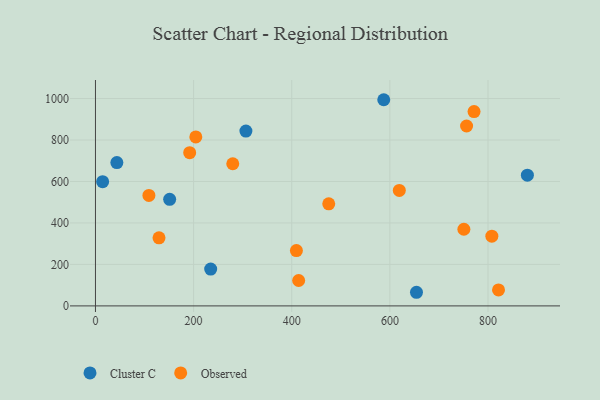
{"axis": {"x": "Ad Spend", "y": "Yield"}, "legend": ["Cluster C", "Observed"], "data": [{"x": "306.6", "y": 843.0, "type": "Cluster C"}, {"x": "234.8", "y": 177.6, "type": "Cluster C"}, {"x": "880.2", "y": 630.6, "type": "Cluster C"}, {"x": "43.6", "y": 690.9, "type": "Cluster C"}, {"x": "14.6", "y": 598.9, "type": "Cluster C"}, {"x": "151.2", "y": 513.7, "type": "Cluster C"}, {"x": "587.5", "y": 994.2, "type": "Cluster C"}, {"x": "654.2", "y": 65.7, "type": "Cluster C"}, {"x": "619.2", "y": 556.6, "type": "Observed"}, {"x": "771.5", "y": 937.2, "type": "Observed"}, {"x": "821.4", "y": 76.8, "type": "Observed"}, {"x": "750.8", "y": 369.7, "type": "Observed"}, {"x": "204.5", "y": 814.9, "type": "Observed"}, {"x": "414.1", "y": 122.4, "type": "Observed"}, {"x": "807.8", "y": 336.4, "type": "Observed"}, {"x": "129.5", "y": 328.4, "type": "Observed"}, {"x": "108.9", "y": 532.8, "type": "Observed"}, {"x": "192.0", "y": 738.8, "type": "Observed"}, {"x": "279.8", "y": 685.5, "type": "Observed"}, {"x": "409.5", "y": 267.0, "type": "Observed"}, {"x": "475.4", "y": 492.4, "type": "Observed"}, {"x": "756.3", "y": 867.6, "type": "Observed"}]}